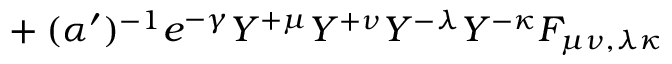
{ } + ( \alpha ^ { \prime } ) ^ { - 1 } e ^ { - \gamma } Y ^ { + \mu } Y ^ { + \nu } Y ^ { - \lambda } Y ^ { - \kappa } F _ { \mu \nu , \lambda \kappa }